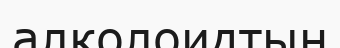
алколоидтың